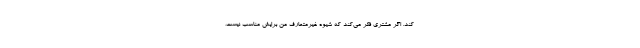
کند. اگر مشتری فکر می‌کند که شیوهٔ غیرمتعارف من برایش مناسب نیست،